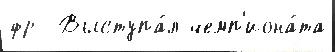
фр  Выступа́л чемп'иона́та